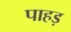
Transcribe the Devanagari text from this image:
पाहड़